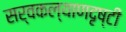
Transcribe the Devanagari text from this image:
सर्वकल्याणदृष्टी